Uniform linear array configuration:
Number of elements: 24
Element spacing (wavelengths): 0.5
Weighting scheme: kaiser
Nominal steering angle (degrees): -60
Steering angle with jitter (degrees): -61.937
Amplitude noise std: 0.05
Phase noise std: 0.05

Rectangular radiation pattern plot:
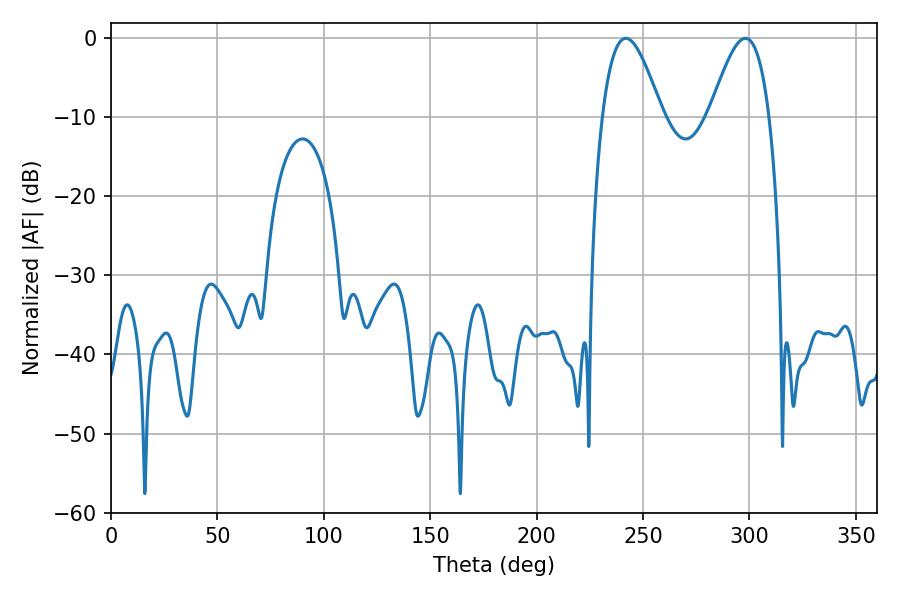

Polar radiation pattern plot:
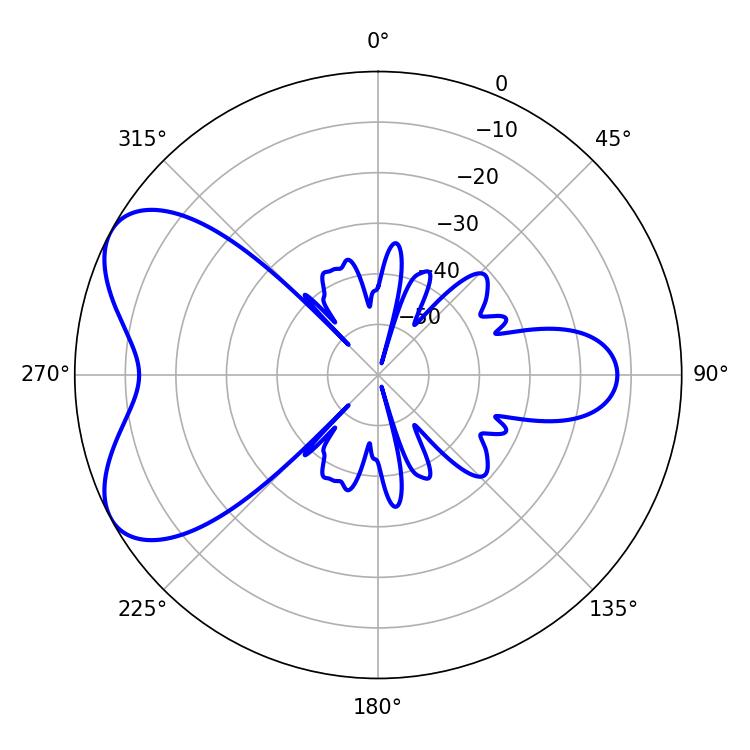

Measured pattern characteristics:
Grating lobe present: FALSE
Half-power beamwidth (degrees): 15.12
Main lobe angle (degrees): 241.92